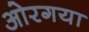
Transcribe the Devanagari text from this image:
ओरगया